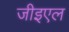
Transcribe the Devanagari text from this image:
जीइएल